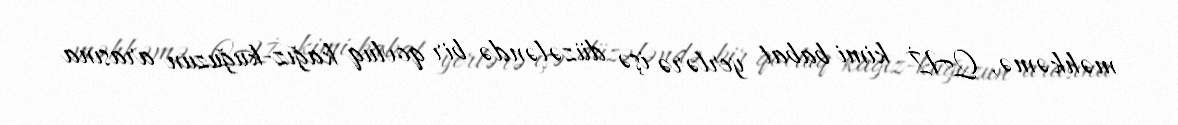
məhkəmə, QAİ kimi babat yerlərə işə düzələndə bir qovluq kağız-kuğuzun arasına